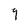
Character: 9